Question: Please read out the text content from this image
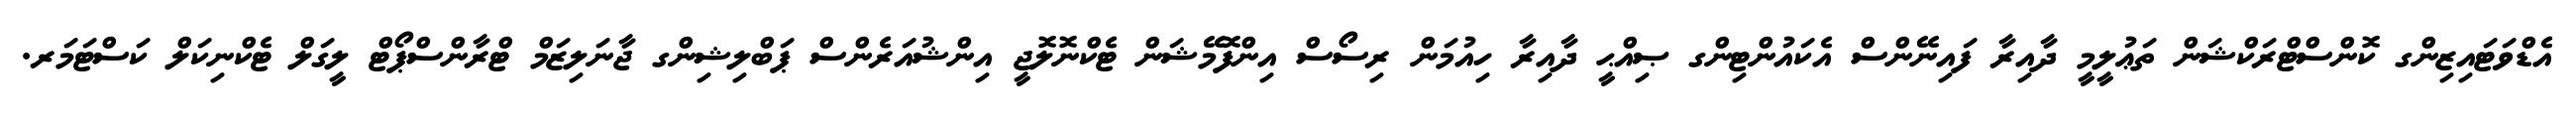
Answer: އެޑްވަޓައިޒިންގ ކޮންސްޓްރަކްޝަން ތަޢުލީމީ ދާއިރާ ފައިނޭންސް އެކައުންޓިންގ ޞިއްޙީ ދާއިރާ ހިއުމަން ރިސޯސް އިންފޮމޭޝަން ޓެކްނޮލޮޖީ އިންޝުއަރެންސް ޕަބްލިޝިންގ ޖާނަލިޒަމް ޓްރާންސްޕޯޓް ލީގަލް ޓެކްނިކަލް ކަސްޓަމަރ.